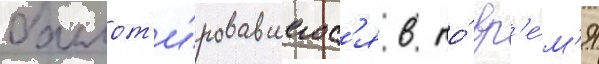
баллот'и́ровавшегос'я в то́ вр'е́м'я